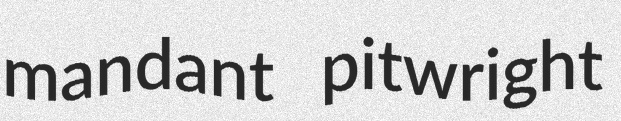
mandant pitwright